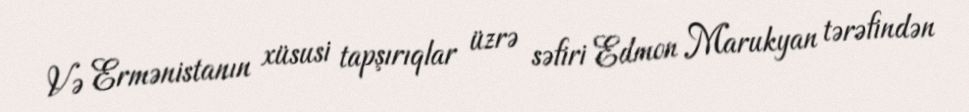
Və Ermənistanın xüsusi tapşırıqlar üzrə səfiri Edmon Marukyan tərəfindən